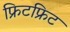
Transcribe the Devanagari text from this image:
फ्रिटफ्रिट